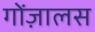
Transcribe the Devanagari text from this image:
गोंज़ालस